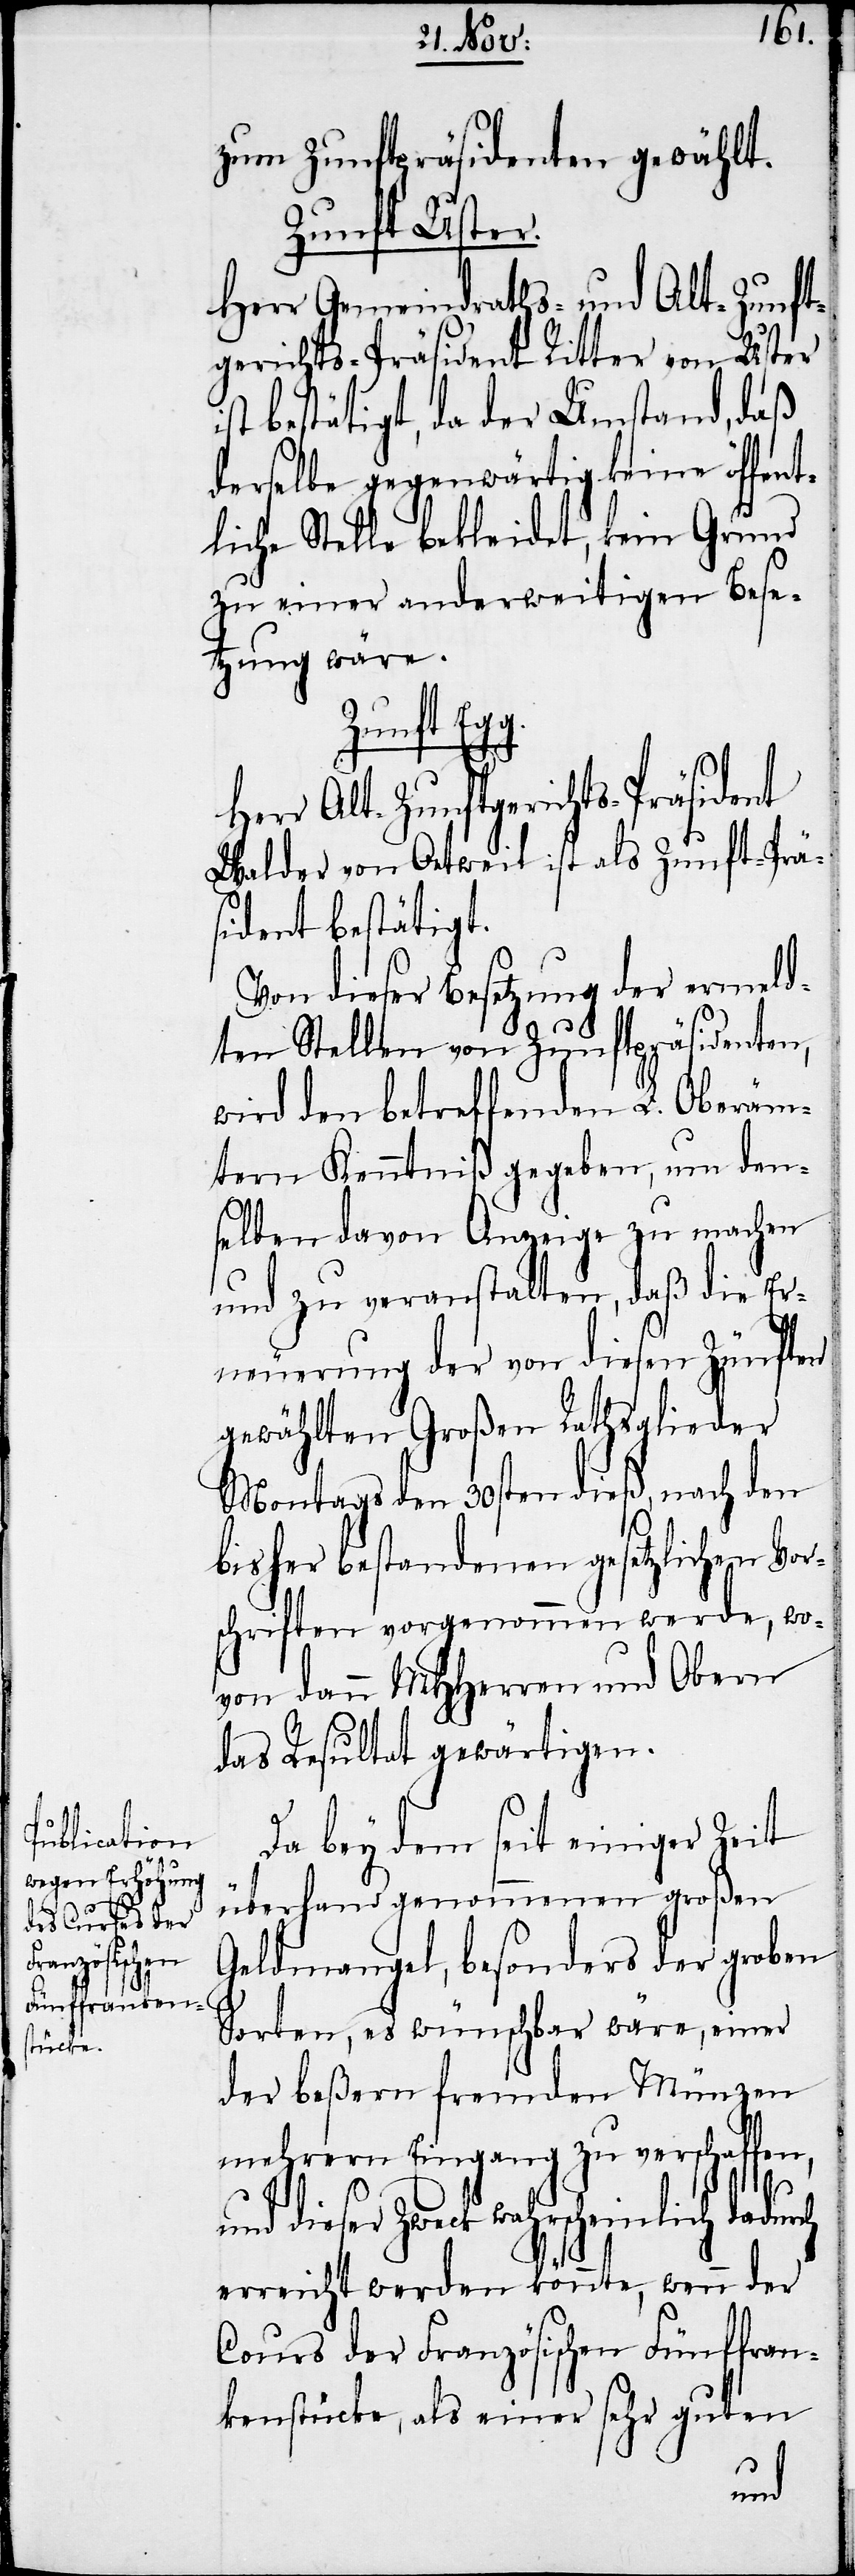
zum Zunftpräsidenten gewählt.
Zunft Uster.
Herr Gemeindraths- und Alt-Zunft¬
gerichts-Präsident Ritter von Uster
bestätigt, da der Umstand, daß
derselbe gegenwärtig keine öffent¬
liche Stelle bekleidet, kein Grund
zu einer anderweitigen Bese¬
tzung wäre.
Zunft Egg.
rch
Herr Alt-Zunftgerichts-Präsident
Walder von Oetweil ist als Zunft-Prä¬
sident bestätigt.
Von dieser Besetzung der ermeld¬
ten Stellen von Zunftpräsidenten,
wird den betreffenden L. Oberäm¬
tern Kenntniß gegeben, um den¬
selben davon Anzeige zu machen
und zu veranstalten, daß die Er¬
neuerung der von diesen Zünften
gewählten Großen Rathsglieder
Montags den 30sten dieß, nach den
bisher bestandenen gesetzlichen Vor¬
schriften vorgenommen werde, wo¬
von dann MHHerren und Obern
das Resultat gewärtigen.
Da bey dem seit einiger Zeit
überhand genommenen großen
Geldmangel, besonders der groben
Sorten, es wünschbar wäre, einer
der beßern fremden Münzen
mehrern Eingang zu verschaffen,
Zweck wahrscheinlich dadu¬
erreicht werden könnte, wenn der
Cours der Französischen Fünffran¬
kenstücke, als einer sehr guten
und